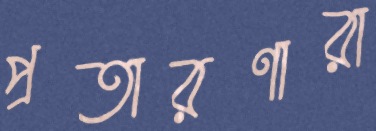
প্রতারণারা